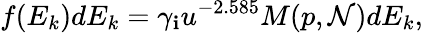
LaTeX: f(E_{k})dE_{k}=\gamma_{\mathbf{i}}u^{-2.585}M(p,\mathcal{N})dE_{k},